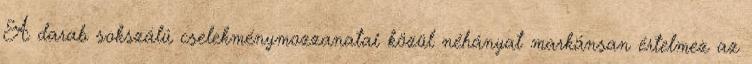
A darab sokszálú cselekménymozzanatai közül néhányat markánsan értelmez az